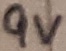
Text: 9V